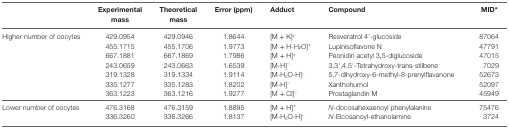
<table><thead><tr><td></td><td><b>Experimental mass</b></td><td><b>Theoretical mass</b></td><td><b>Error (ppm)</b></td><td><b>Adduct</b></td><td><b>Compound</b></td><td><b>MID*</b></td></tr></thead><tbody><tr><td rowspan="7">Higher number of oocytes</td><td>429.0954</td><td>429.0946</td><td>1.8644</td><td>[M + K]<sup>+</sup></td><td>Resveratrol 4′-glucoside</td><td>87064</td></tr><tr><td>455.1715</td><td>455.1706</td><td>1.9773</td><td>[M + H-H<sub>2</sub>O]<sup>+</sup></td><td>Lupinisoflavone N</td><td>47791</td></tr><tr><td>667.1881</td><td>667.1869</td><td>1.7986</td><td>[M + H]<sup>+</sup></td><td>Peonidin acetyl 3,5-diglucoside</td><td>47015</td></tr><tr><td>243.0659</td><td>243.0663</td><td>1.6539</td><td>[M-H]<sup>−</sup></td><td>3,3′,4,5′-Tetrahydroxy-trans-stilbene</td><td>7029</td></tr><tr><td>319.1328</td><td>319.1334</td><td>1.9114</td><td>[M-H<sub>2</sub>O-H]<sup>−</sup></td><td>5,7-dihydroxy-6-methyl-8-prenylflavanone</td><td>52673</td></tr><tr><td>335.1277</td><td>335.1283</td><td>1.8202</td><td>[M-H]<sup>−</sup></td><td>Xanthohumol</td><td>52097</td></tr><tr><td>363.1223</td><td>363.1216</td><td>1.9277</td><td>[M + Cl]<sup>−</sup></td><td>Prostaglandin M</td><td>45949</td></tr><tr><td rowspan="2">Lower number of oocytes</td><td>476.3168</td><td>476.3159</td><td>1.8895</td><td>[M + H]<sup>+</sup></td><td><i>N</i>-docosahexaenoyl phenylalanine</td><td>75476</td></tr><tr><td>336.3260</td><td>336.3266</td><td>1.8137</td><td>[M-H<sub>2</sub>O-H]<sup>−</sup></td><td><i>N</i>-Eicosanoyl-ethanolamine</td><td>3724</td></tr></tbody></table>